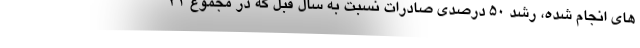
هاي انجام شده، رشد 50 درصدي صادرات نسبت به سال قبل كه در مجموع 31